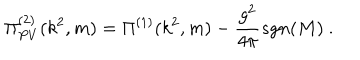
\Pi _ { P V } ^ { ( 2 ) } ( k ^ { 2 } , m ) = \Pi ^ { ( 1 ) } ( k ^ { 2 } , m ) - \frac { g ^ { 2 } } { 4 \pi } s g n ( M ) \ .